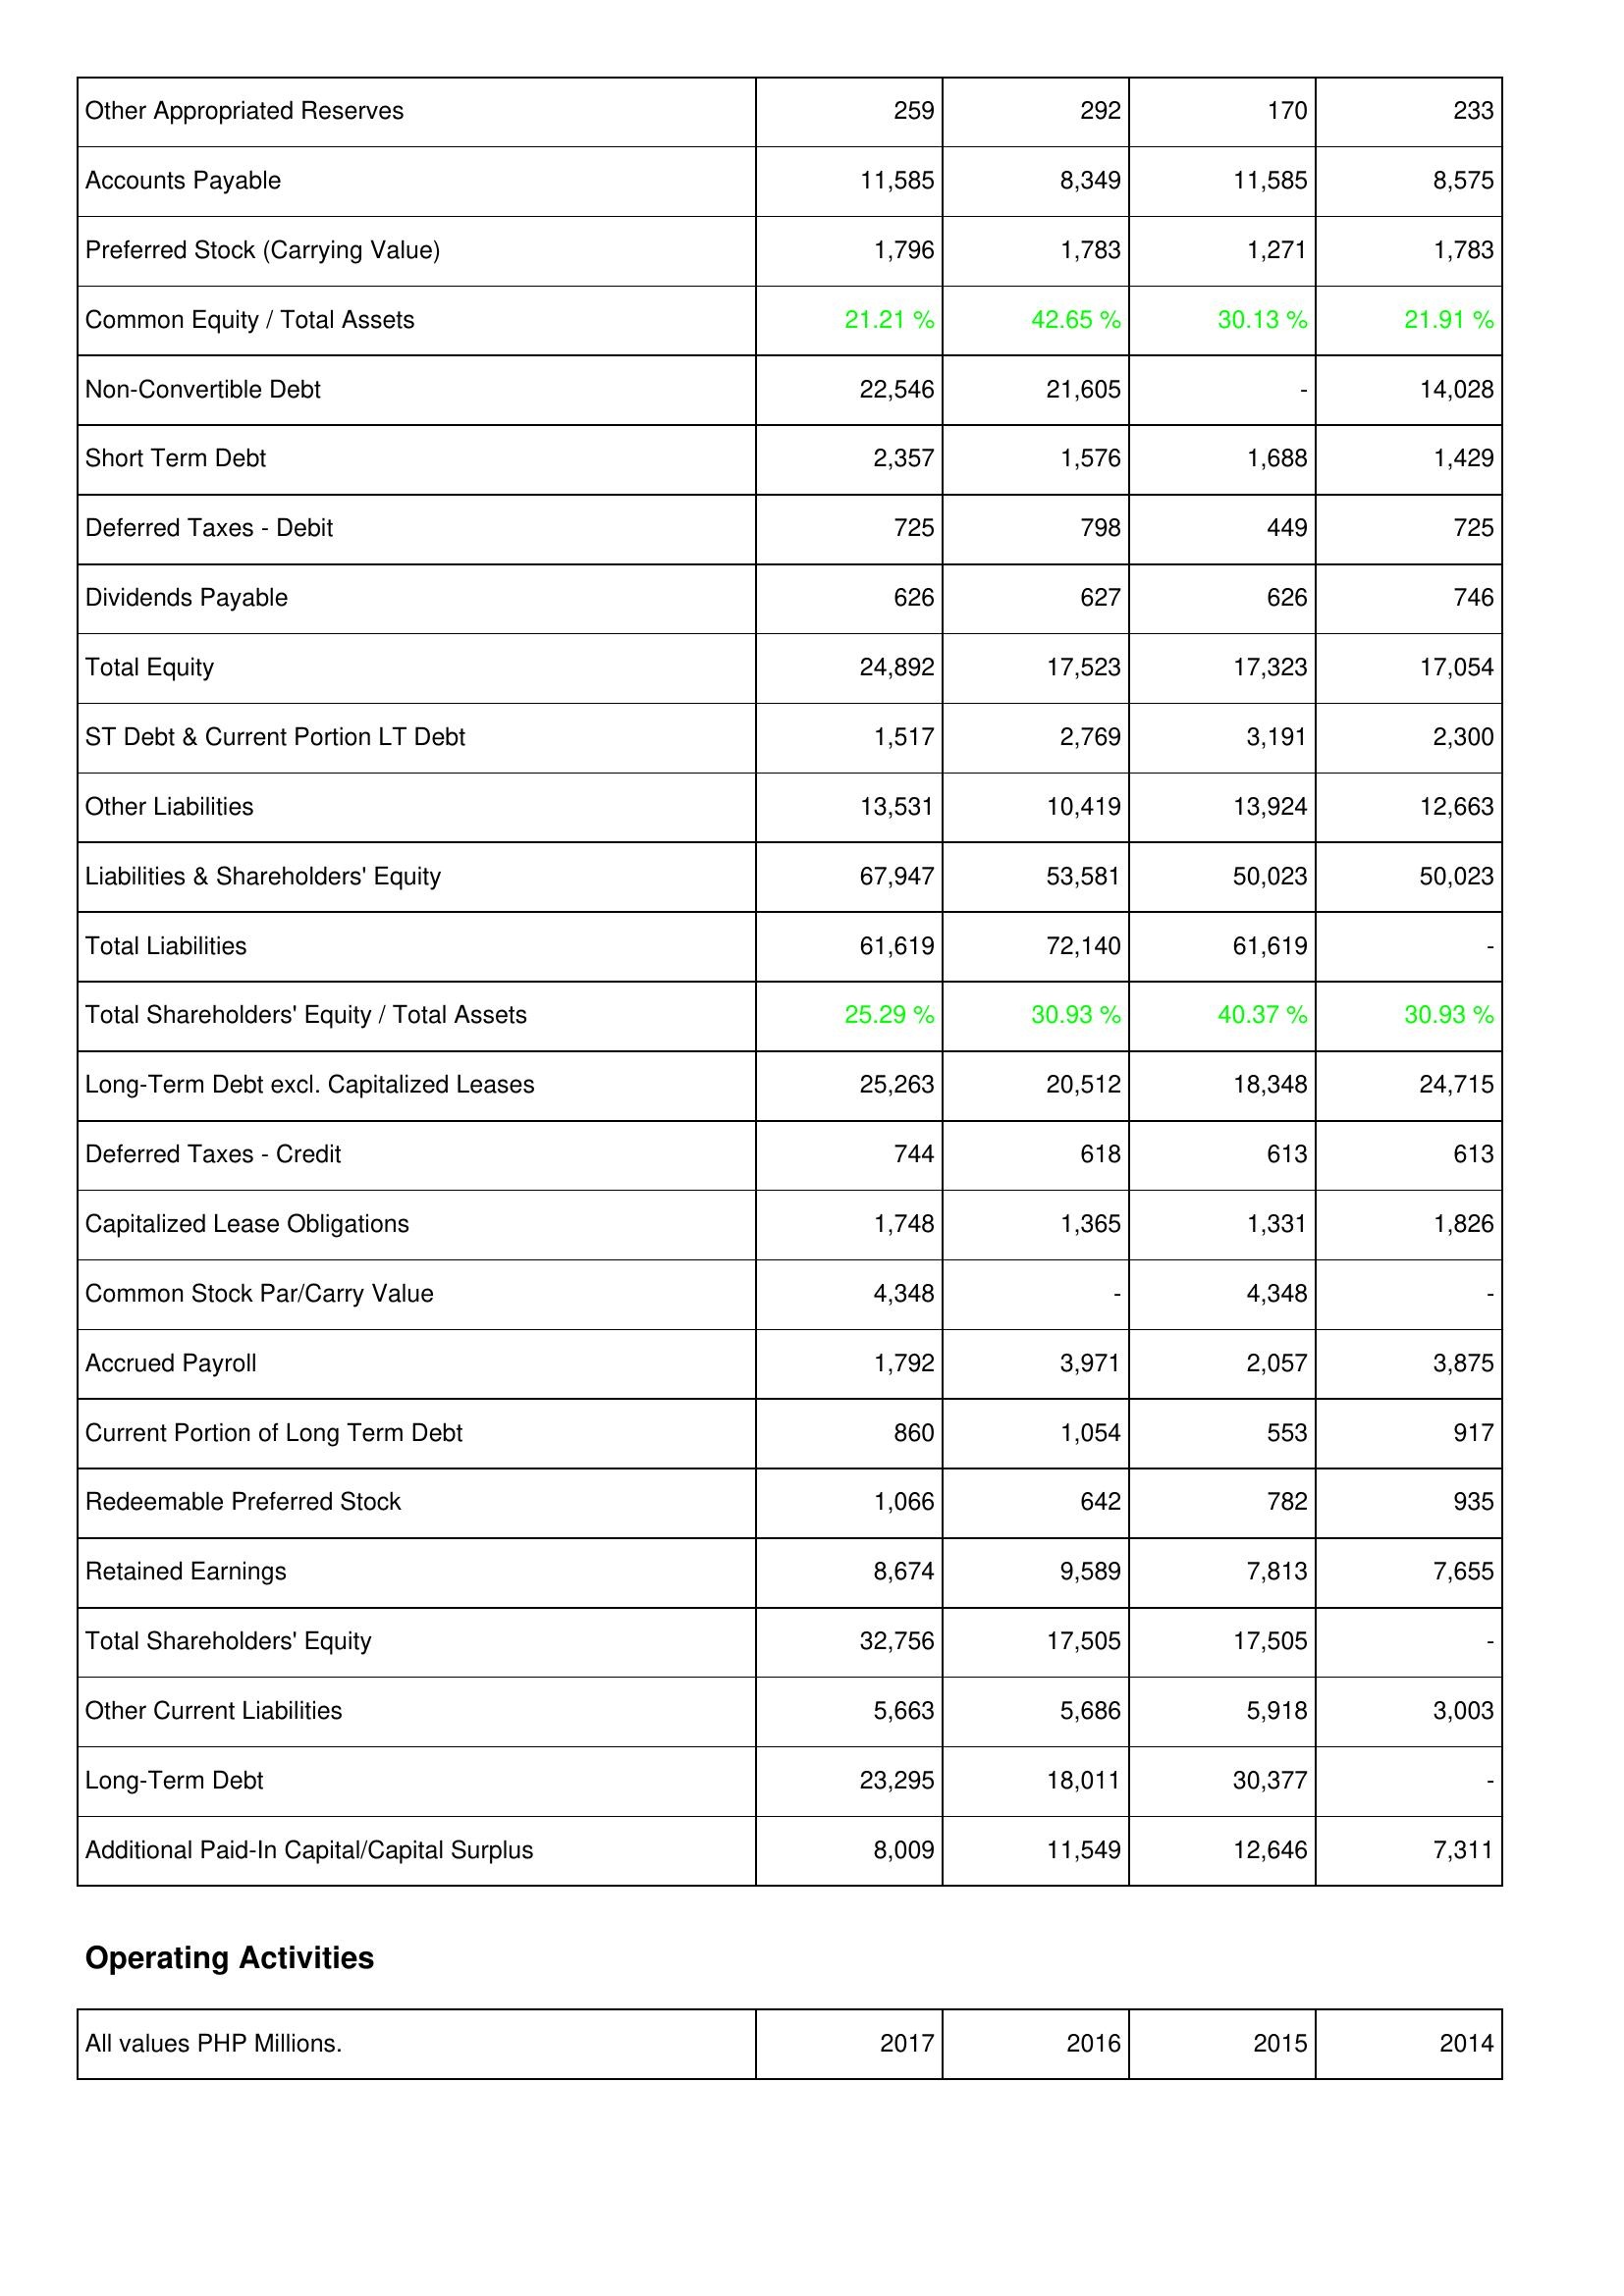
2017: Liabilities & Shareholders' Equity: Other Appropriated Reserves: 259
Accounts Payable: 11,585
Preferred Stock (Carrying Value): 1,796
Common Equity / Total Assets: 21.21 %
Non-Convertible Debt: 22,546
Short Term Debt: 2,357
Deferred Taxes - Debit: 725
Dividends Payable: 626
Total Equity: 24,892
ST Debt & Current Portion LT Debt: 1,517
Other Liabilities: 13,531
Liabilities & Shareholders' Equity: 67,947
Total Liabilities: 61,619
Total Shareholders' Equity / Total Assets: 25.29 %
Long-Term Debt excl. Capitalized Leases: 25,263
Deferred Taxes - Credit: 744
Capitalized Lease Obligations: 1,748
Common Stock Par/Carry Value: 4,348
Accrued Payroll: 1,792
Current Portion of Long Term Debt: 860
Redeemable Preferred Stock: 1,066
Retained Earnings: 8,674
Total Shareholders' Equity: 32,756
Other Current Liabilities: 5,663
Long-Term Debt: 23,295
Additional Paid-In Capital/Capital Surplus: 8,009
2016: Liabilities & Shareholders' Equity: Other Appropriated Reserves: 292
Accounts Payable: 8,349
Preferred Stock (Carrying Value): 1,783
Common Equity / Total Assets: 42.65 %
Non-Convertible Debt: 21,605
Short Term Debt: 1,576
Deferred Taxes - Debit: 798
Dividends Payable: 627
Total Equity: 17,523
ST Debt & Current Portion LT Debt: 2,769
Other Liabilities: 10,419
Liabilities & Shareholders' Equity: 53,581
Total Liabilities: 72,140
Total Shareholders' Equity / Total Assets: 30.93 %
Long-Term Debt excl. Capitalized Leases: 20,512
Deferred Taxes - Credit: 618
Capitalized Lease Obligations: 1,365
Common Stock Par/Carry Value: -
Accrued Payroll: 3,971
Current Portion of Long Term Debt: 1,054
Redeemable Preferred Stock: 642
Retained Earnings: 9,589
Total Shareholders' Equity: 17,505
Other Current Liabilities: 5,686
Long-Term Debt: 18,011
Additional Paid-In Capital/Capital Surplus: 11,549
2015: Liabilities & Shareholders' Equity: Other Appropriated Reserves: 170
Accounts Payable: 11,585
Preferred Stock (Carrying Value): 1,271
Common Equity / Total Assets: 30.13 %
Non-Convertible Debt: -
Short Term Debt: 1,688
Deferred Taxes - Debit: 449
Dividends Payable: 626
Total Equity: 17,323
ST Debt & Current Portion LT Debt: 3,191
Other Liabilities: 13,924
Liabilities & Shareholders' Equity: 50,023
Total Liabilities: 61,619
Total Shareholders' Equity / Total Assets: 40.37 %
Long-Term Debt excl. Capitalized Leases: 18,348
Deferred Taxes - Credit: 613
Capitalized Lease Obligations: 1,331
Common Stock Par/Carry Value: 4,348
Accrued Payroll: 2,057
Current Portion of Long Term Debt: 553
Redeemable Preferred Stock: 782
Retained Earnings: 7,813
Total Shareholders' Equity: 17,505
Other Current Liabilities: 5,918
Long-Term Debt: 30,377
Additional Paid-In Capital/Capital Surplus: 12,646
2014: Liabilities & Shareholders' Equity: Other Appropriated Reserves: 233
Accounts Payable: 8,575
Preferred Stock (Carrying Value): 1,783
Common Equity / Total Assets: 21.91 %
Non-Convertible Debt: 14,028
Short Term Debt: 1,429
Deferred Taxes - Debit: 725
Dividends Payable: 746
Total Equity: 17,054
ST Debt & Current Portion LT Debt: 2,300
Other Liabilities: 12,663
Liabilities & Shareholders' Equity: 50,023
Total Liabilities: -
Total Shareholders' Equity / Total Assets: 30.93 %
Long-Term Debt excl. Capitalized Leases: 24,715
Deferred Taxes - Credit: 613
Capitalized Lease Obligations: 1,826
Common Stock Par/Carry Value: -
Accrued Payroll: 3,875
Current Portion of Long Term Debt: 917
Redeemable Preferred Stock: 935
Retained Earnings: 7,655
Total Shareholders' Equity: -
Other Current Liabilities: 3,003
Long-Term Debt: -
Additional Paid-In Capital/Capital Surplus: 7,311